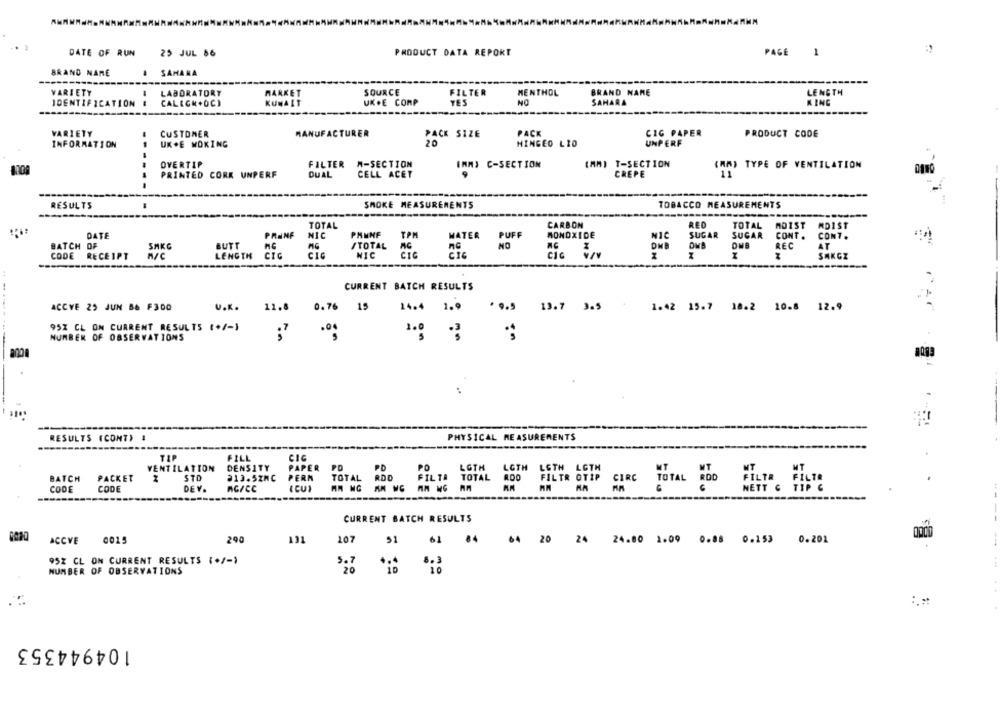
DATE OF RUN
25 JUL 86
PRODUCT DATA REPORT
PAGE
1
BRAND NAME
# SAHARA
VARIETY
LABORATORY
SOURCE
FILTER
MENTHOL
BRAND NAME
LENGTH
MARKET
IDENTIFICATION
CALLCM.OC)
UK.E COMP
YES
NO
SAHARA
KING
VARIETY
CUSTOMER
MANUFACTURER
PACK SIZE
PACK
CIG PAPER
PRODUCT CODE
UK.E WOKING
20
HINGED LID
UNPERF
INFORMATION
OVERTIP
FILTER M-SECTION
(MM) C-SECTION
(MM) T-SECTION
(MA) TYPE OF VENTILATION
PRINTED CORK UNPERF
DUAL
CELL ACET
CREPE
11
RESULTS
SMOKE MEASUREMENTS
TOBACCO MEASUREMENTS
TOTAL
CARBON
RED
TOTAL
MOIST
MDIST
DATE
PRINF
NIC
PRUNE
TPM
WATER
PUFF
MONOXIDE
CONT.
SUGAR
CONT.
BATCH OF
SMKG
BUTT
/TOTAL
AC
NO
AT
CODE RECEIPT
M/C
LENGTH
CIG
CIC
NIC
CIC
CIC
CIC
SMKGZ
CURRENT BATCH RESULTS
ACCVE 25 JUN B& F300
U.K.
11.8
0.76 15
14.4 1.9
13.7 3.5
1.42 15.7 18.2 10.8 12.9
95% CL ON CURRENT RESULTS (+/-1
.00
100 .3
NUMBER OF OBSERVATIONS
.
RESULTS (CONT) #
PHYSICAL MEASUREMENTS
TIP
FILL
CIG
VENTILATION
DENSITY
PAPER
PO
PD
PO
LGTH
LGTH
LETH
BATCH
PACKET
STD
213.52MC
PERN
TOTAL
ROD
FILTA
TOTAL
FILT
(CU)
CODE
CODE
DE V.
AG/CC
CURRENT BATCH RESULTS
ACCVE
0015
290
107
51
61 84 64 20 24 24.80 1.09 0.88 0.153 0.201
952 CL ON CURRENT RESULTS (+/-)
NUMBER OF OBSERVATIONS
104944353